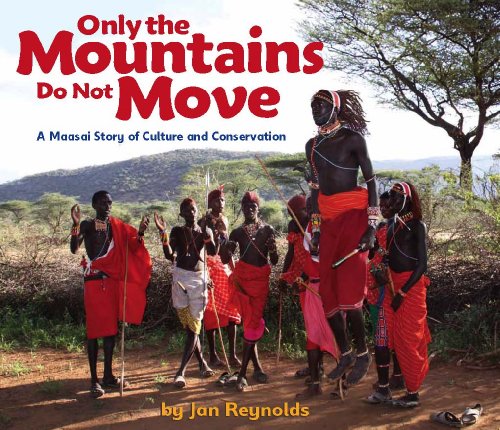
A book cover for Only the Mountains Do Not Move: A Maasai Story of Culture and Conservation; Jan Reynolds; Children's Books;